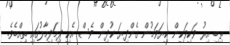
ތިބި އިރު ވަކިވަކިން ކިޔަވަމުން ގެންދިޔަ ކުދިން ވެސް އެކި ދިމަދިމާލުގައި ތިއްބެވެ.